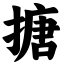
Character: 搪